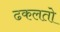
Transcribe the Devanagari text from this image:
ढकलतो